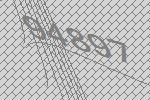
94897